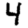
Digit: 4